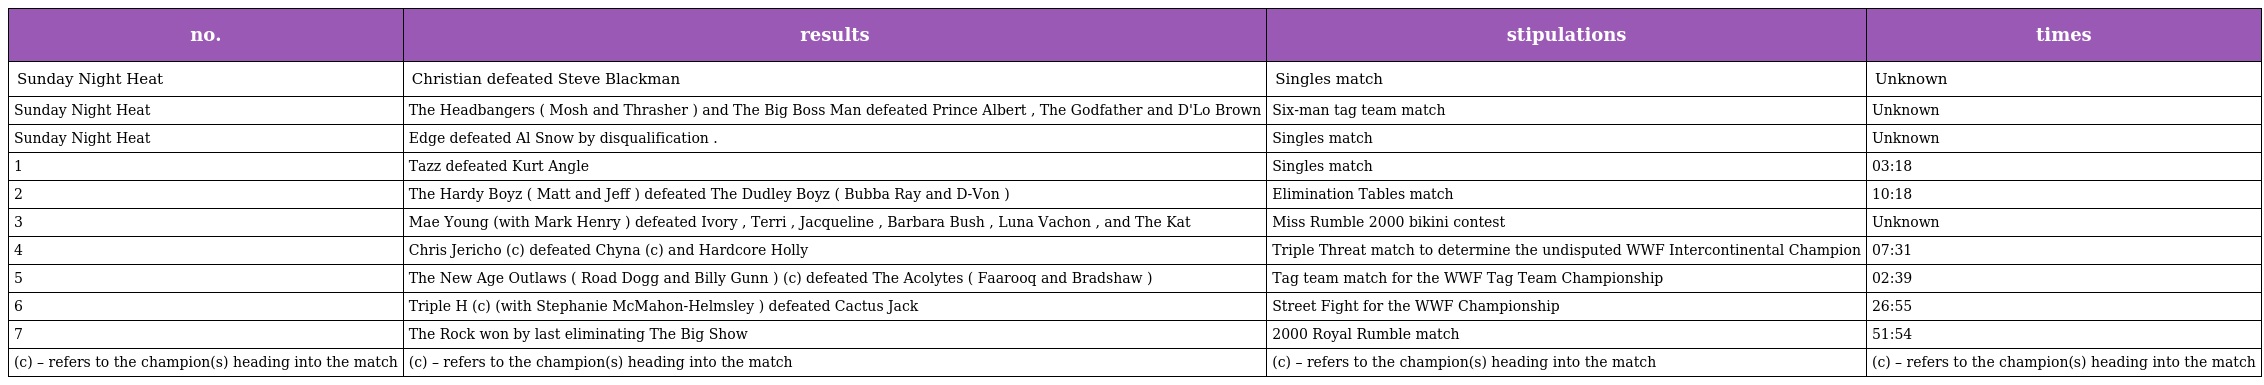
| no. | results | stipulations | times |
 | --- | --- | --- | --- |
 | Sunday Night Heat | Christian defeated Steve Blackman | Singles match | Unknown |
 | Sunday Night Heat | The Headbangers ( Mosh and Thrasher ) and The Big Boss Man defeated Prince Albert , The Godfather and D'Lo Brown | Six-man tag team match | Unknown |
 | Sunday Night Heat | Edge defeated Al Snow by disqualification . | Singles match | Unknown |
 | 1 | Tazz defeated Kurt Angle | Singles match | 03:18 |
 | 2 | The Hardy Boyz ( Matt and Jeff ) defeated The Dudley Boyz ( Bubba Ray and D-Von ) | Elimination Tables match | 10:18 |
 | 3 | Mae Young (with Mark Henry ) defeated Ivory , Terri , Jacqueline , Barbara Bush , Luna Vachon , and The Kat | Miss Rumble 2000 bikini contest | Unknown |
 | 4 | Chris Jericho (c) defeated Chyna (c) and Hardcore Holly | Triple Threat match to determine the undisputed WWF Intercontinental Champion | 07:31 |
 | 5 | The New Age Outlaws ( Road Dogg and Billy Gunn ) (c) defeated The Acolytes ( Faarooq and Bradshaw ) | Tag team match for the WWF Tag Team Championship | 02:39 |
 | 6 | Triple H (c) (with Stephanie McMahon-Helmsley ) defeated Cactus Jack | Street Fight for the WWF Championship | 26:55 |
 | 7 | The Rock won by last eliminating The Big Show | 2000 Royal Rumble match | 51:54 |
 | (c) – refers to the champion(s) heading into the match | (c) – refers to the champion(s) heading into the match | (c) – refers to the champion(s) heading into the match | (c) – refers to the champion(s) heading into the match |